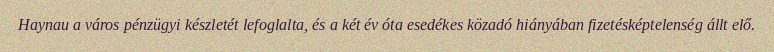
Haynau a város pénzügyi készletét lefoglalta, és a két év óta esedékes közadó hiányában fizetésképtelenség állt elő.